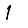
Digit: 1